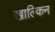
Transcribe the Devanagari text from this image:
खाल्किन